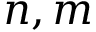
n , m